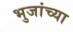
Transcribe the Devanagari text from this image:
भुजांच्या